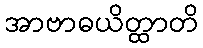
အာဗာဓယိတ္ထာတိ